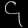
Digit: ၄